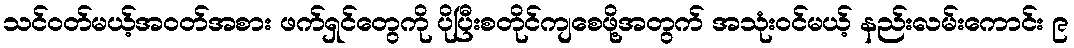
သင်ဝတ်မယ့်အဝတ်အစား ဖက်ရှင်တွေကို ပိုပြီးစတိုင်ကျစေဖို့အတွက် အသုံးဝင်မယ့် နည်းလမ်းကောင်း ၉